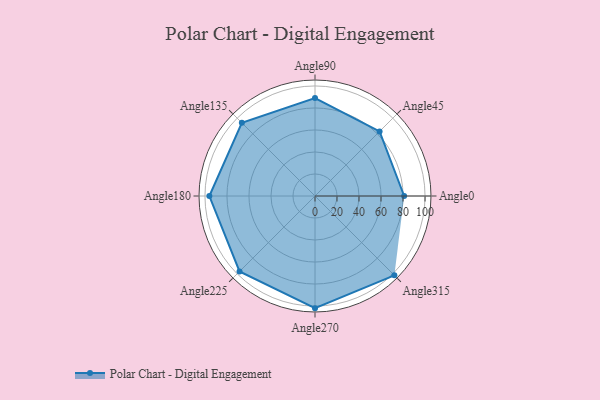
{"axis": {"x": "Angle", "y": "Radius"}, "legend": [""], "data": [{"x": "Angle0", "y": 81.0, "type": ""}, {"x": "Angle45", "y": 83.0, "type": ""}, {"x": "Angle90", "y": 89.0, "type": ""}, {"x": "Angle135", "y": 94.0, "type": ""}, {"x": "Angle180", "y": 96.0, "type": ""}, {"x": "Angle225", "y": 97.0, "type": ""}, {"x": "Angle270", "y": 102.0, "type": ""}, {"x": "Angle315", "y": 102.0, "type": ""}]}